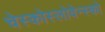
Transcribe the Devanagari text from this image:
चेस्कोस्लोवेन्स्को